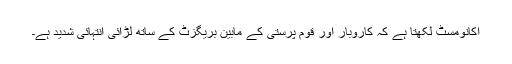
اکانومسٹ لکھتا ہے کہ کاروبار اور قوم پرستی کے مابین بریگزٹ کے ساتھ لڑائی انتہائی شدید ہے۔